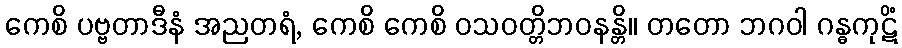
ကေစိ ပဗ္ဗတာဒီနံ အညတရံ, ကေစိ ကေစိ ဝသဝတ္တိဘဝနန္တိ။ တတော ဘဂဝါ ဂန္ဓကုဋိံ